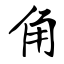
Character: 角